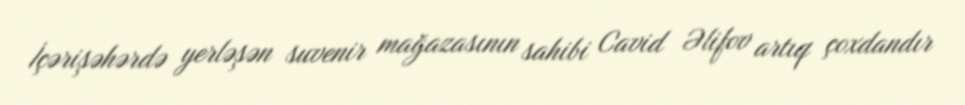
İçərişəhərdə yerləşən suvenir mağazasının sahibi Cavid Əlifov artıq çoxdandır